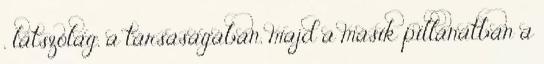
, látszólag, a társaságában, majd a másik pillanatban a